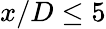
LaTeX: x/D\le 5